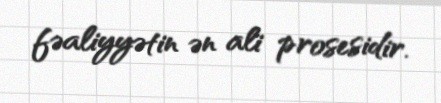
fəaliyyətin ən ali prosesidir.